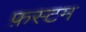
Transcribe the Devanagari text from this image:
फ़स्टम